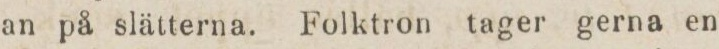
an på slätterna. Folktron tager gerna en